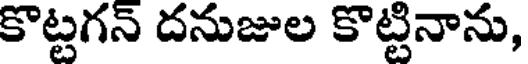
కొట్టగన్ దనుజుల కొట్టినాను,